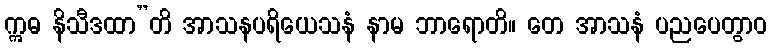
ဣဓ နိသီဒထာ”တိ အာသနပရိယေသနံ နာမ ဘာရောတိ။ တေ အာသနံ ပညပေတွာဝ